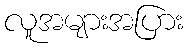
လူအများအပြား